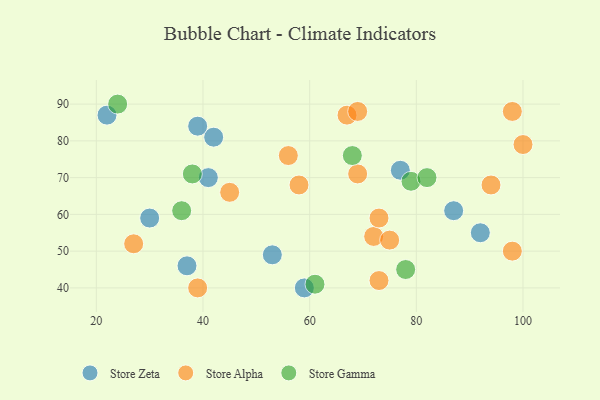
{"axis": {"x": "GDP", "y": "Life Expectancy"}, "legend": ["Store Alpha", "Store Gamma", "Store Zeta"], "data": [{"x": "37", "y": 46, "type": "Store Zeta"}, {"x": "77", "y": 72, "type": "Store Zeta"}, {"x": "92", "y": 55, "type": "Store Zeta"}, {"x": "42", "y": 81, "type": "Store Zeta"}, {"x": "53", "y": 49, "type": "Store Zeta"}, {"x": "22", "y": 87, "type": "Store Zeta"}, {"x": "41", "y": 70, "type": "Store Zeta"}, {"x": "30", "y": 59, "type": "Store Zeta"}, {"x": "87", "y": 61, "type": "Store Zeta"}, {"x": "39", "y": 84, "type": "Store Zeta"}, {"x": "59", "y": 40, "type": "Store Zeta"}, {"x": "98", "y": 50, "type": "Store Alpha"}, {"x": "94", "y": 68, "type": "Store Alpha"}, {"x": "56", "y": 76, "type": "Store Alpha"}, {"x": "72", "y": 54, "type": "Store Alpha"}, {"x": "73", "y": 42, "type": "Store Alpha"}, {"x": "67", "y": 87, "type": "Store Alpha"}, {"x": "75", "y": 53, "type": "Store Alpha"}, {"x": "69", "y": 88, "type": "Store Alpha"}, {"x": "98", "y": 88, "type": "Store Alpha"}, {"x": "45", "y": 66, "type": "Store Alpha"}, {"x": "39", "y": 40, "type": "Store Alpha"}, {"x": "73", "y": 59, "type": "Store Alpha"}, {"x": "58", "y": 68, "type": "Store Alpha"}, {"x": "27", "y": 52, "type": "Store Alpha"}, {"x": "100", "y": 79, "type": "Store Alpha"}, {"x": "69", "y": 71, "type": "Store Alpha"}, {"x": "68", "y": 76, "type": "Store Gamma"}, {"x": "24", "y": 90, "type": "Store Gamma"}, {"x": "38", "y": 71, "type": "Store Gamma"}, {"x": "61", "y": 41, "type": "Store Gamma"}, {"x": "78", "y": 45, "type": "Store Gamma"}, {"x": "79", "y": 69, "type": "Store Gamma"}, {"x": "82", "y": 70, "type": "Store Gamma"}, {"x": "36", "y": 61, "type": "Store Gamma"}]}